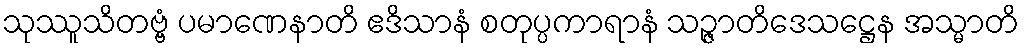
သုဿူသိတဗ္ဗံ ပမာဏေနာတိ ဧဒိသာနံ စတုပ္ပကာရာနံ သဉ္ဇာတိဒေသဋ္ဌေန အသ္မာတိ